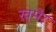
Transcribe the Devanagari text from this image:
ख्‌मेर